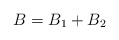
\begin{align*} B=B_{1}+B_{2}\end{align*}